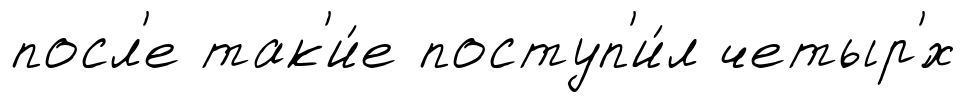
посл'е так'и́е поступ'и́л четыр'́х